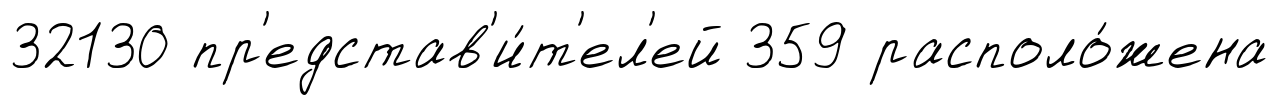
32130 пр'едстав'и́т'ел'ей 359 располо́жена